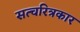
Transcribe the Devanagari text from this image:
सत्चरित्रकार